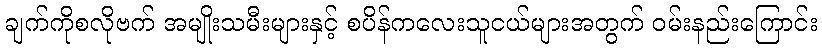
ချက်ကိုစလိုဗက် အမျိုးသမီးများနှင့် စပိန်ကလေးသူငယ်များအတွက် ဝမ်းနည်းကြောင်း